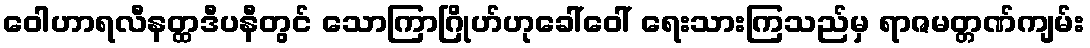
ဝေါဟာရလီနတ္ထဒီပနီတွင် သောကြာဂြိုဟ်ဟုခေါ်ဝေါ် ရေးသားကြသည်မှ ရာဇမတ္တဏ်ကျမ်း